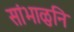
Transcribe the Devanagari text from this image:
सांभाळुनि